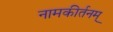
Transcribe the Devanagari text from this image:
नामकीर्तनम्